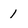
Character: 1